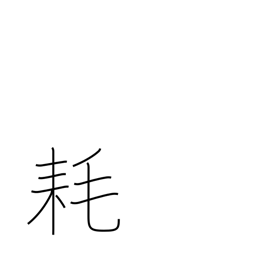
Meaning: decrease